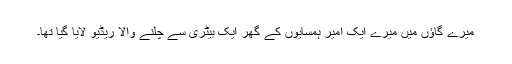
میرے گاؤں میں میرے ایک امیر ہمسایوں کے گھر ایک بیٹری سے چلنے والا ریڈیو لایا گیا تھا۔